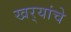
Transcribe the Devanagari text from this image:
खर्‍यांचे